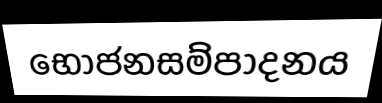
භෝජනසම්පාදනය